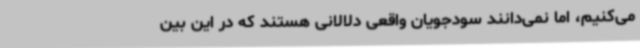
می‌کنیم، اما نمی‌دانند سودجویان واقعی دلالانی هستند که در این بین